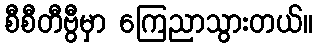
စီစီတီဗွီမှာ ကြေညာသွားတယ်။